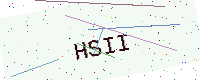
Text: HSII